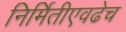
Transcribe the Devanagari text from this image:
निर्मितीएवढेच